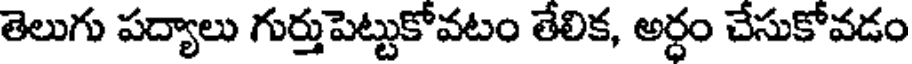
తెలుగు పద్యాలు గుర్తుపెట్టుకోవటం తేలిక, అర్ధం చేసుకోవడం